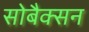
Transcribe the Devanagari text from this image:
सोबैक्सन